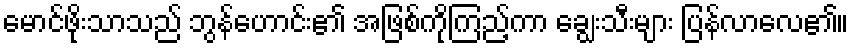
မောင်ဖိုးသာသည် ဘွန်ဟောင်း၏ အဖြစ်ကိုကြည့်ကာ ချွေးသီးများ ပြန်လာလေ၏။